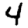
Digit: 4